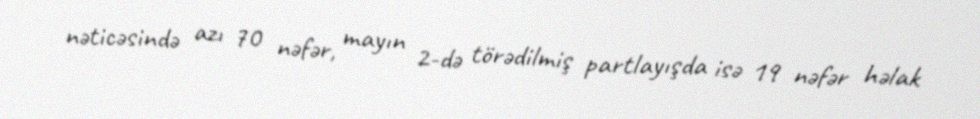
nəticəsində azı 70 nəfər, mayın 2-də törədilmiş partlayışda isə 19 nəfər həlak